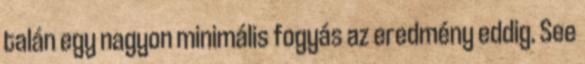
talán egy nagyon minimális fogyás az eredmény eddig. See